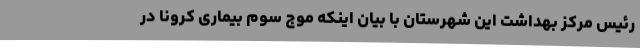
رئیس مرکز بهداشت این شهرستان با بیان اینکه موج سوم بیماری کرونا در